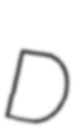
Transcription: D